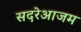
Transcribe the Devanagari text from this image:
सदरेआजम